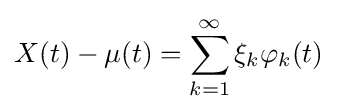
X(t)-\mu (t)=\sum _{k=1}^{\infty }\xi _{k}\varphi _{k}(t)